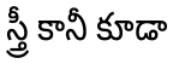
స్త్రీ కానీ కూడా